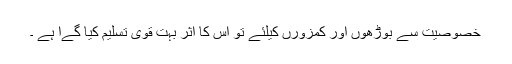
خصوصیت سے بوڑھوں اور کمزورں کیلئے تو اس کا اثر بہت قوی تسلیم کیا گےا ہے ۔